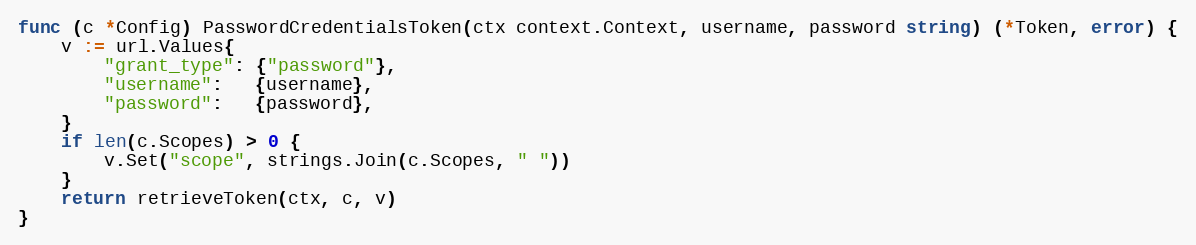
Language: Go
func (c *Config) PasswordCredentialsToken(ctx context.Context, username, password string) (*Token, error) {
	v := url.Values{
		"grant_type": {"password"},
		"username":   {username},
		"password":   {password},
	}
	if len(c.Scopes) > 0 {
		v.Set("scope", strings.Join(c.Scopes, " "))
	}
	return retrieveToken(ctx, c, v)
}